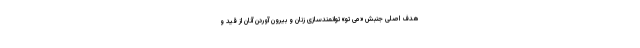
هدف اصلی جنبش «می تو» توانمندسازی زنان و بیرون آوردن آنان از قید و